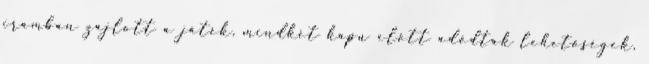
iramban zajlott a játék, mindkét kapu előtt adódtak lehetőségek,